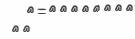
٧٨